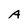
Character: A